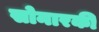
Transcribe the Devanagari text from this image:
सोनारकी